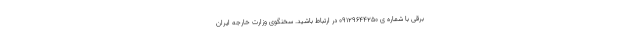
برقی با شماره ی 09129644250 در ارتباط باشید. سخنگوی وزارت خارجه ایران